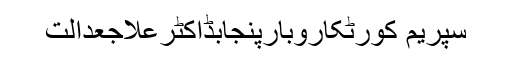
سپریم کورٹکاروبارپنجابڈاکٹرعلاجعدالت